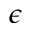
\epsilon